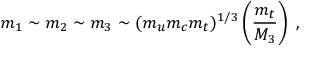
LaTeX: m _ { 1 } \sim m _ { 2 } \sim m _ { 3 } \sim ( m _ { u } m _ { c } m _ { t } ) ^ { 1 / 3 } \left( { \frac { m _ { t } } { M _ { 3 } } } \right) \; ,